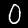
Digit: 0